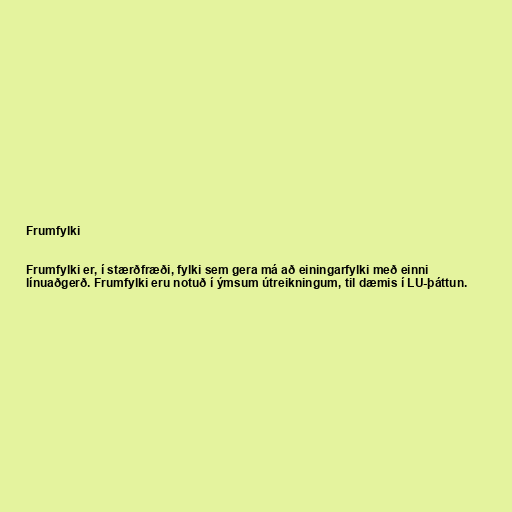
Frumfylki

Frumfylki er, í stærðfræði, fylki sem gera má að einingarfylki með einni
línuaðgerð. Frumfylki eru notuð í ýmsum útreikningum, til dæmis í LU-þáttun.